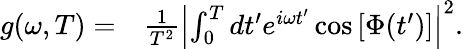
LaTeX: \begin{array}{rl}{g(\omega,T)=}&{{}\frac{1}{T^{2}}\left|\int_{0}^{T}dt^{\prime}e^{i\omega t^{\prime}}\cos\left[\Phi(t^{\prime})\right]\right|^{2}.}\end{array}